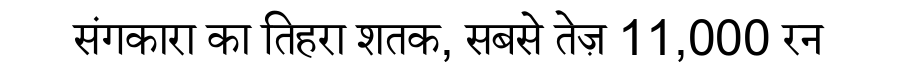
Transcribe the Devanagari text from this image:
संगकारा का तिहरा शतक, सबसे तेज़ 11,000 रन